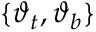
\{ \boldsymbol { \vartheta } _ { t } , \boldsymbol { \vartheta } _ { b } \}